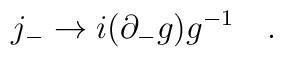
j_{-} \to i (\partial_{-} g)g^{-1}\quad.